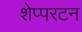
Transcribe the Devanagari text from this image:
शेप्परटन